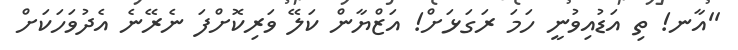
''އާނ! ތި އަޑުއިވުނީ ހަމަ ރަގަޅަށް! އަޒްޔާން ކަލޭ ވަރިކޮށްފަ ނެރޭނެ އެދުވަހަކަށް